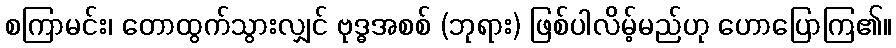
စကြာမင်း၊ တောထွက်သွားလျှင် ဗုဒ္ဓအစစ် (ဘုရား) ဖြစ်ပါလိမ့်မည်ဟု ဟောပြောကြ၏။